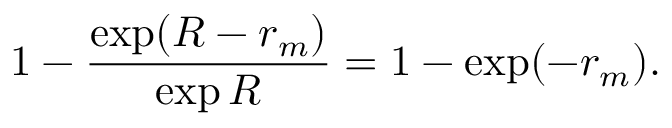
1 - \frac { \exp ( R - r _ { m } ) } { \exp R } = 1 - \exp ( - r _ { m } ) .